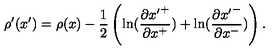
\rho ^ { \prime } ( x ^ { \prime } ) = \rho ( x ) - \frac { 1 } { 2 } \left( \ln ( \frac { \partial { x ^ { \prime } } ^ { + } } { \partial x ^ { + } } ) + \ln ( \frac { \partial { x ^ { \prime } } ^ { - } } { \partial x ^ { - } } ) \right) .